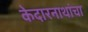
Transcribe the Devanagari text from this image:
केदारनाथांचा